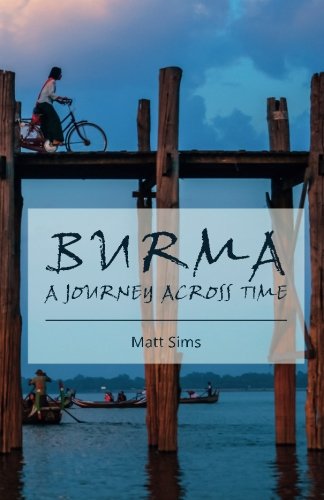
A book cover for Burma: A Journey Across Time; Matt Sims; Travel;